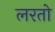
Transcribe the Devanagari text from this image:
लरतो